Vaccine operations Central Provinces 1886-1899 - 1886-1899
Year: 1886
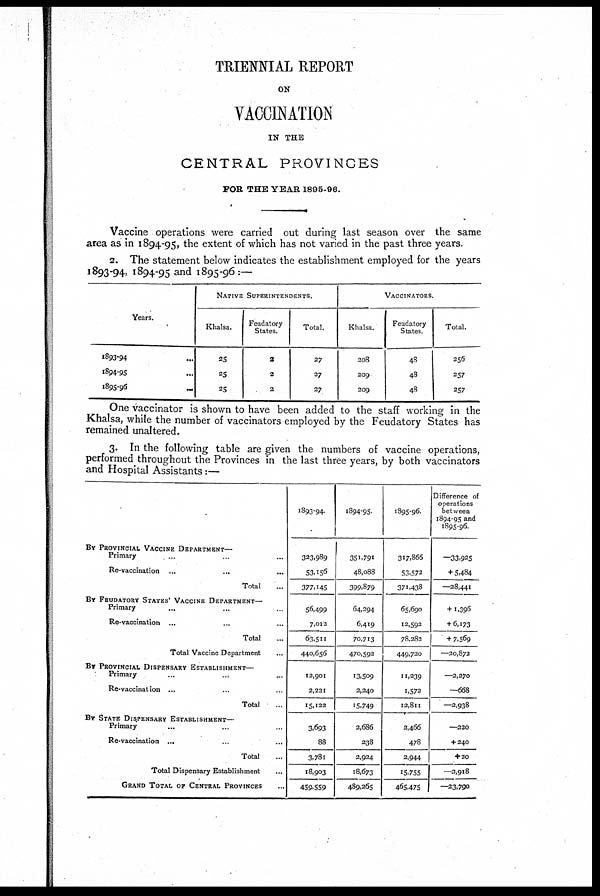
TRIENNIAL REPORT
ON
VACCINATION
IN THE
CENTRAL PROVINCES
FOR THE YEAR 1895-96.
Vaccine operations were carried out during last season over the same
area as in 1894-95, the extent of which has not varied in the past three years.
2. The statement below indicates the establishment employed for the years
1893-94, 1894-95 and 1895-96:—
Years.
1893-94 ...
1894-95 ...
1895-96
...
NATIVE SUPERINTENDENTS.
Khalsa.
25
25
25
Feudatory
States.
2
2
2
Total.
27
27
27
VACCINATORS.
Khalsa.
208
209
209
Feudatory
States.
48
48
48
Total.
256
257
257
One vaccinator is shown to have been added to the staff working in the
Khalsa, while the number of vaccinators employed by the Feudatory States has
remained unaltered.
3. In the following table are given the numbers of vaccine operations,
performed throughout the Provinces in the last three years, by both vaccinators
and Hospital Assistants:—
BY PROVINCIAL VACCINE DEPARTMENT—
Primary ... ... ...
Re-vaccination ... ... ...
Total ...
BY FEUDATORY STATES' VACCINE DEPARTMENT—
Primary ... ... ...
Re-vaccination ... ... ...
Total ...
Total Vaccine Department ...
BY PROVINCIAL DISPENSARY ESTABLISHMENT—
Primary
...
...
...
Re-vaccination ... ... ...
Total ...
BY STATE DISPENSARY ESTABLISHMENT—
Primary ... ... ...
Re-vaccination ... ... ...
Total ...
Total Dispensary Establishment ...
GRAND TOTAL OF CENTRAL PROVINCES ...
1893-94.
323,989
53,156
377,145
56,499
7,012
63,511
440,656
12,901
2,221
15,122
3,693
88
3,781
18,903
459,559
1894-95
351,791
48,088
399,879
64,294
6,419
70,713
470,592
13,509
2,240
15,749
2,686
238
2,924
18,673
489,265
1895-96.
317,866
53,572
371,438
65,690
12,592
78,282
449,720
11,239
1,572
12,811
2,466
478
2,944
15,755
465,475
Difference of
operations
between
1894-95 and
1895-96.
—33,925
+ 5,484
—28,441
+1,396
+ 6,173
+ 7,569
—20,872
—2,270
—668
—2,938
—220
+ 240
+20
—2,918
—23,790